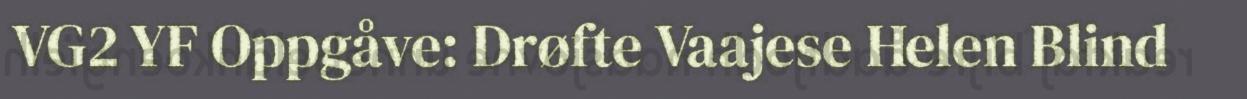
VG2 YF Oppgåve: Drøfte Vaajese Helen Blind